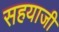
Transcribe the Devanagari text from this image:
सहयाजी